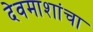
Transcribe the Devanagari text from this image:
देवमाशांचा